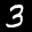
Label: 3